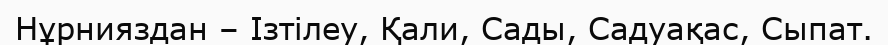
Нұрнияздан – Ізтілеу, Қали, Сады, Садуақас, Сыпат.